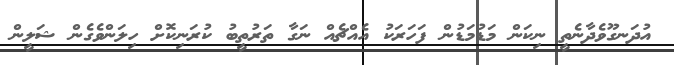
އުދަނގޫވެދާނެތީ ނިކަން މަޑުމަޑުން ފަހަރަކު އެއްޗެއް ނަގާ ތަރުތީބު ކުރަނިކޮށް ހިލަންވެގެން ޝަލީން